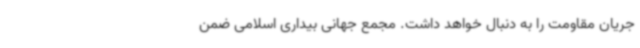
جریان مقاومت را به دنبال خواهد داشت. مجمع جهانی بیداری اسلامی ضمن